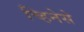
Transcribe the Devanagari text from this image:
च्हिनेसे